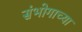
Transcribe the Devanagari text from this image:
संभोगाच्या